Annual report of the Punjab Veterinary College and of the Civil Veterinary Department, Punjab - 1920-1925
Year: 1920
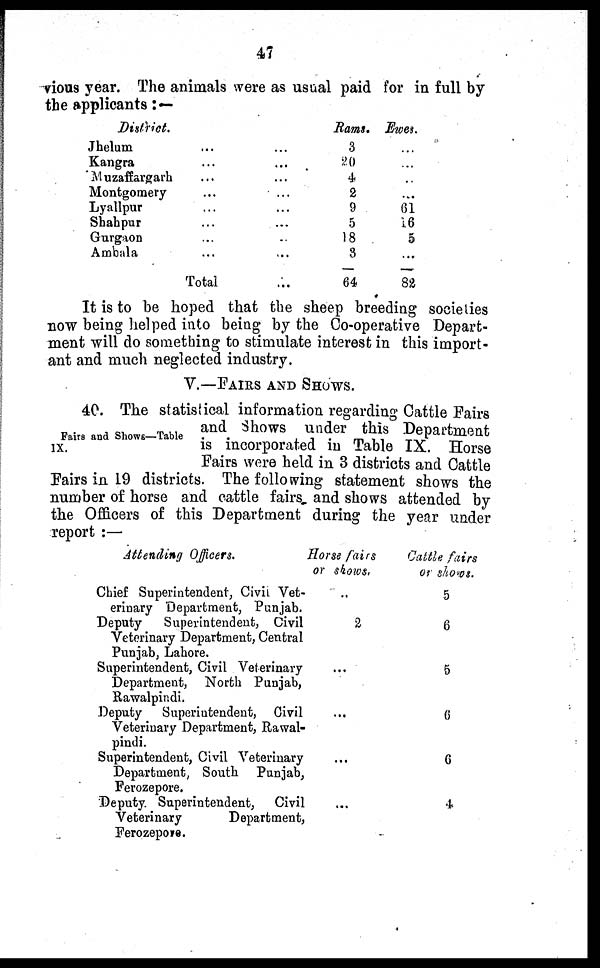
47
vious year. The animals were as usual paid for in full by
the applicants :—
District.
Jhelum ...
Kangra ...
Muzaffargarh ...
Montgomery ...
Lyallpur ...
Shahpur ...
Gurgaon ...
Ambala ...
Total
...
...
...
...
...
...
...
...
...
Rams.
3
20
4
2
9
5
18
3
64
Ewes.
...
...
..
...
61
16
5
...
82
It is to be hoped that the sheep breeding societies
now being helped into being by the Co-operative Depart-
ment will do something to stimulate interest in this import-
ant and much neglected industry.
V.—FAIRS AND SHOWS.
Fairs and Shows—Table
IX.
40. The statistical information regarding Cattle Fairs
and Shows under this Department
is incorporated in Table IX. Horse
Fairs were held in 3 districts and Cattle
Fairs in 19 districts. The following statement shows the
number of horse and cattle fairs and shows attended by
the Officers of this Department during the year under
report :—
Attending Officers.
Chief Superintendent, Civil Vet-
erinary Department, Punjab.
Deputy
Superintendent, Civil
Veterinary Department, Central
Punjab, Lahore.
Superintendent, Civil Veterinary
Department, North Punjab,
Rawalpindi.
Deputy
Superintendent, Civil
Veterinary Department, Rawal-
pindi.
Superintendent, Civil Veterinary
Department, South Punjab,
Ferozepore.
Deputy. Superintendent,
Civil
Veterinary
Department,
Ferozepore.
Horse fairs
or shows,
..
2
...
...
...
...
Cattle fairs
or shows.
5
6
5
6
6
4